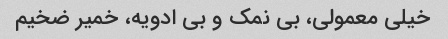
خیلی معمولی، بی نمک و بی ادویه، خمیر ضخیم